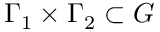
\Gamma _ { 1 } \times \Gamma _ { 2 } \subset G